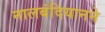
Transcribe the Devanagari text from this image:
नालबंदियानने